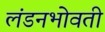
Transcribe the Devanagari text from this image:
लंडनभोवती